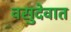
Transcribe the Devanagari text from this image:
वसुदेवात